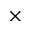
\times